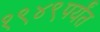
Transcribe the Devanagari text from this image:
१९४९पर्यंत